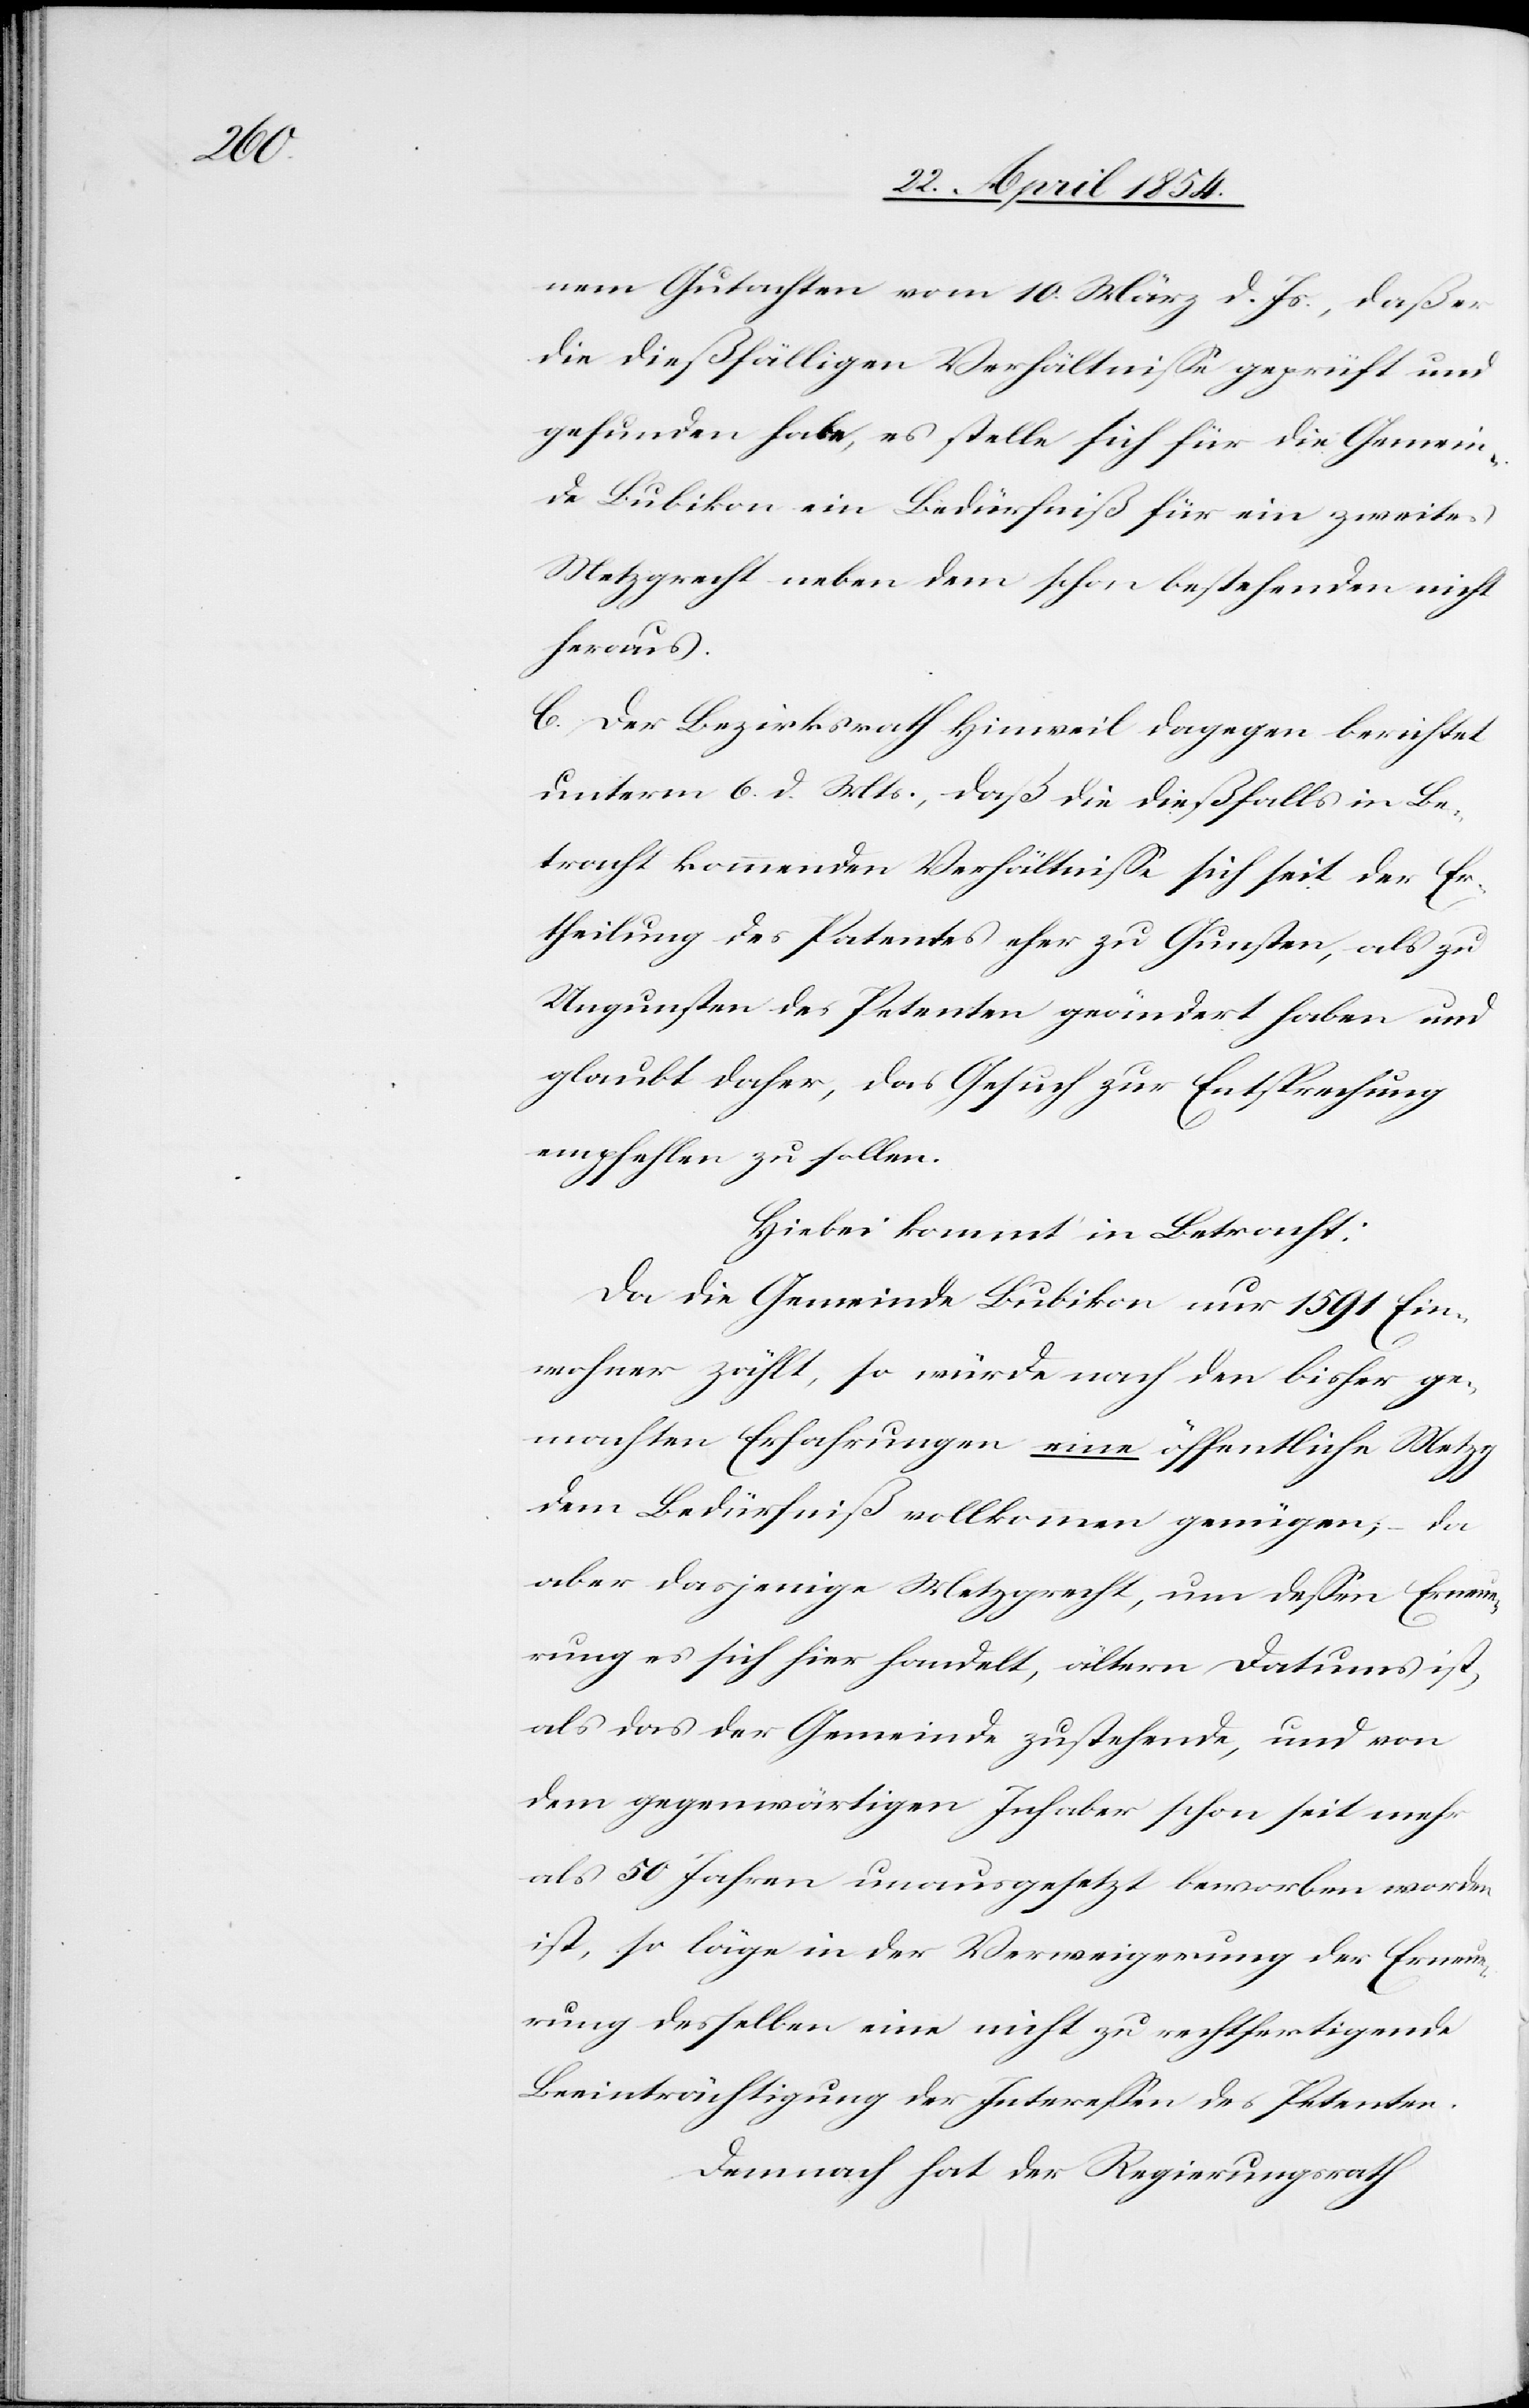
nem Gutachten vom 10. März d. Js., daß er
die dießfälligen Verhältniße geprüft und
gefunden habe, es stelle sich für die Gemein¬
de Bubikon ein Bedürfniß für ein zweites
Metzgrecht neben dem schon bestehenden nicht
heraus.
C. Der Bezirksrath Hinweil dagegen berichtet
unterm 6. d. Mts., daß die dießfalls in Be¬
tracht kommenden Verhältniße sich seit der Er¬
theilung des Patentes eher zu Gunsten, als zu
Ungunsten des Petenten geändert haben und
glaubt daher, das Gesuch zur Entsprechung
empfehlen zu sollen.
Hiebei kommt in Betracht:
Da die Gemeinde Bubikon nur 1591 Ein¬
wohner zählt, so würde nach den bisher ge¬
machten Erfahrungen eine öffentliche Metz¬
g
dem Bedürfniß vollkommen genügen; – da
aber dasjenige Metzgrecht, um deßen Erneue¬
rung es sich hier handelt, ältern Datums ist,
als das der Gemeinde zustehende, und von
dem gegenwärtigen Inhaber schon seit mehr
als 50 Jahren unausgesetzt beworben worden
ist, so läge in der Verweigerung der Erneue¬
rung desselben eine nicht zu rechtfertigende
Beeinträchtigung der Intereßen des Petenten.
Demnach hat der Regierungsrath